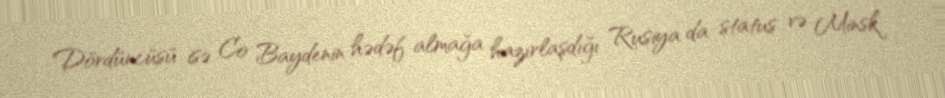
Dördüncüsü isə Co Baydenin hədəf almağa hazırlaşdığı Rusiya da status və Minsk